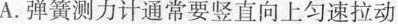
A.弹簧测力计通常要竖直向上匀速拉动